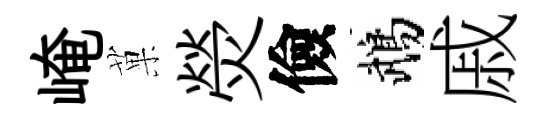
崦菓熒儉鵡戚